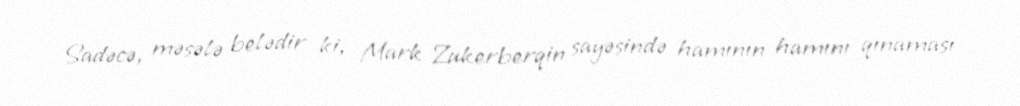
Sadəcə, məsələ belədir ki, Mark Zukerberqin sayəsində hamının hamını qınaması